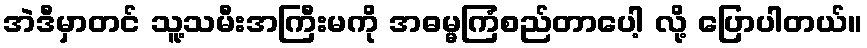
အဲဒီမှာတင် သူ့သမီးအကြီးမကို အဓမ္မကြံစည်တာပေါ့ လို့ ပြောပါတယ်။